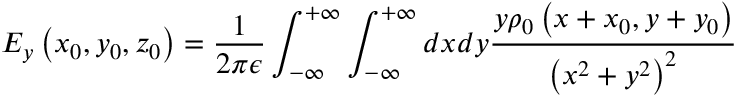
E _ { y } \left( x _ { 0 } , y _ { 0 } , z _ { 0 } \right) = \frac { 1 } { 2 \pi \epsilon } \int _ { - \infty } ^ { + \infty } \int _ { - \infty } ^ { + \infty } d x d y \frac { y \rho _ { 0 } \left( x + x _ { 0 } , y + y _ { 0 } \right) } { \left( x ^ { 2 } + y ^ { 2 } \right) ^ { 2 } }